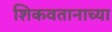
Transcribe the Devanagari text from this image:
शिकवतानाच्या